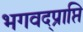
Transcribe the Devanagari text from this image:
भगवद्प्राप्ति